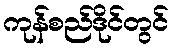
ကုန်စည်ဒိုင်တွင်